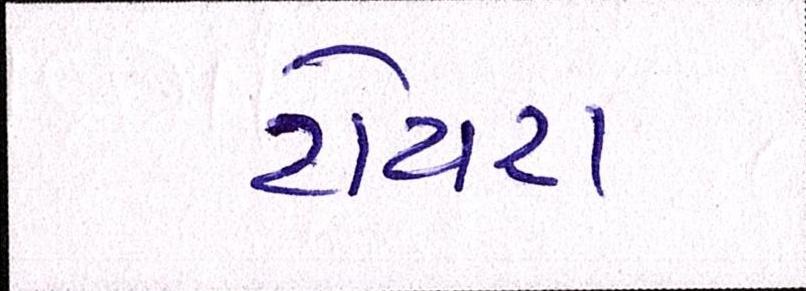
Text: ટોયટા